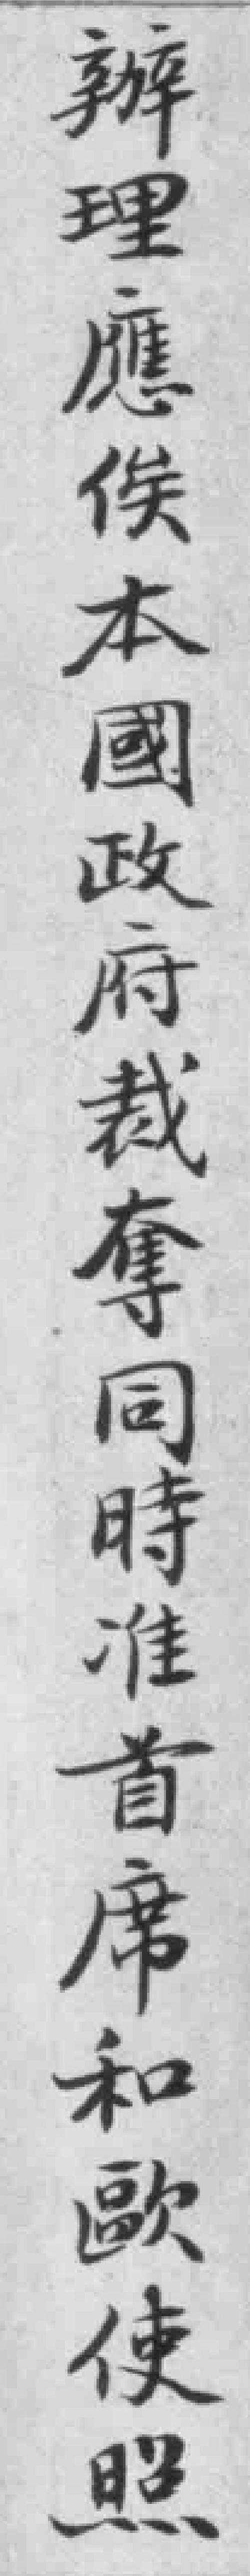
辦理應俟本國政府裁奪同時准首席和歐使照